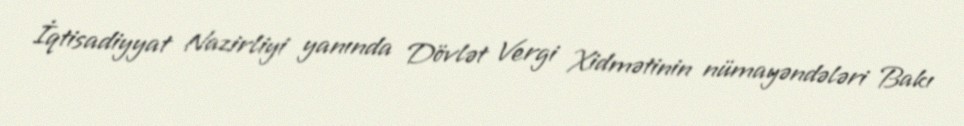
İqtisadiyyat Nazirliyi yanında Dövlət Vergi Xidmətinin nümayəndələri Bakı